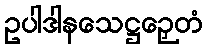
ဥပါဒါနသေဋ္ဌဉှေတံ